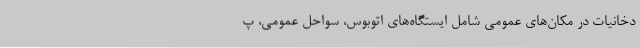
دخانیات در مکان‌های عمومی شامل ایستگاه‌های اتوبوس، سواحل عمومی، پ